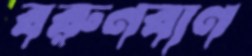
বরুণবাণ